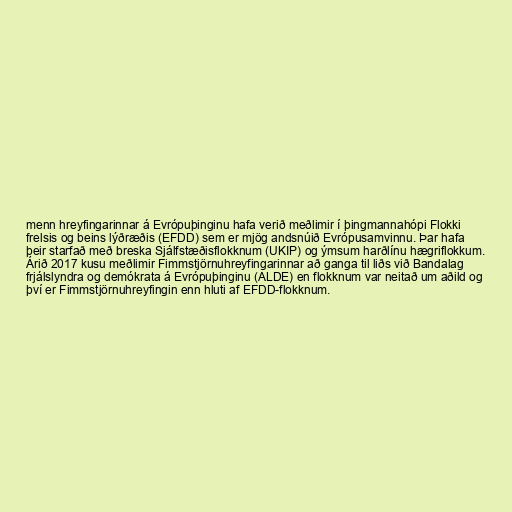
menn hreyfingarinnar á Evrópuþinginu hafa verið meðlimir í þingmannahópi Flokki
frelsis og beins lýðræðis (EFDD) sem er mjög andsnúið Evrópusamvinnu. Þar hafa
þeir starfað með breska Sjálfstæðisflokknum (UKIP) og ýmsum harðlínu hægriflokkum.
Árið 2017 kusu meðlimir Fimmstjörnuhreyfingarinnar að ganga til liðs við Bandalag
frjálslyndra og demókrata á Evrópuþinginu (ALDE) en flokknum var neitað um aðild og
því er Fimmstjörnuhreyfingin enn hluti af EFDD-flokknum.